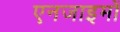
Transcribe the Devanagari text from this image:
एनजाइमों